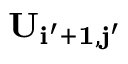
\bf { U } _ { i ^ { \prime } + 1 , j ^ { \prime } }